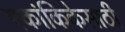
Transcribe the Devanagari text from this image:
एकांकिकेसाठी